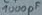
Text: 1000µF